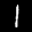
Label: 1